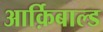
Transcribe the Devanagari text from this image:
आर्क़िबाल्ड